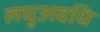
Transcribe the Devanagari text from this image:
लघुअवधि